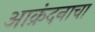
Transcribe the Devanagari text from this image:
आक्रंदनाचा